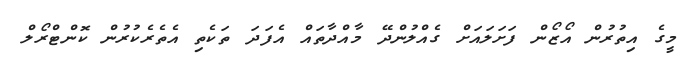
މީގެ އިތުރުން އޯޒޯން ފަށަލައަށް ގެއްލުންދޭ މާއްދާތައް އެފަދަ ތަކެތި އެތެރެކުރުން ކޮންޓްރޯލް